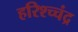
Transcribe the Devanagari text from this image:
हरिश्च्चंद्र